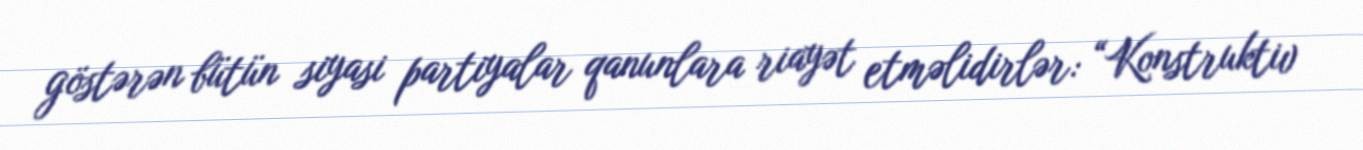
göstərən bütün siyasi partiyalar qanunlara riayət etməlidirlər: “Konstruktiv